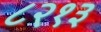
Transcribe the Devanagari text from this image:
८२१३